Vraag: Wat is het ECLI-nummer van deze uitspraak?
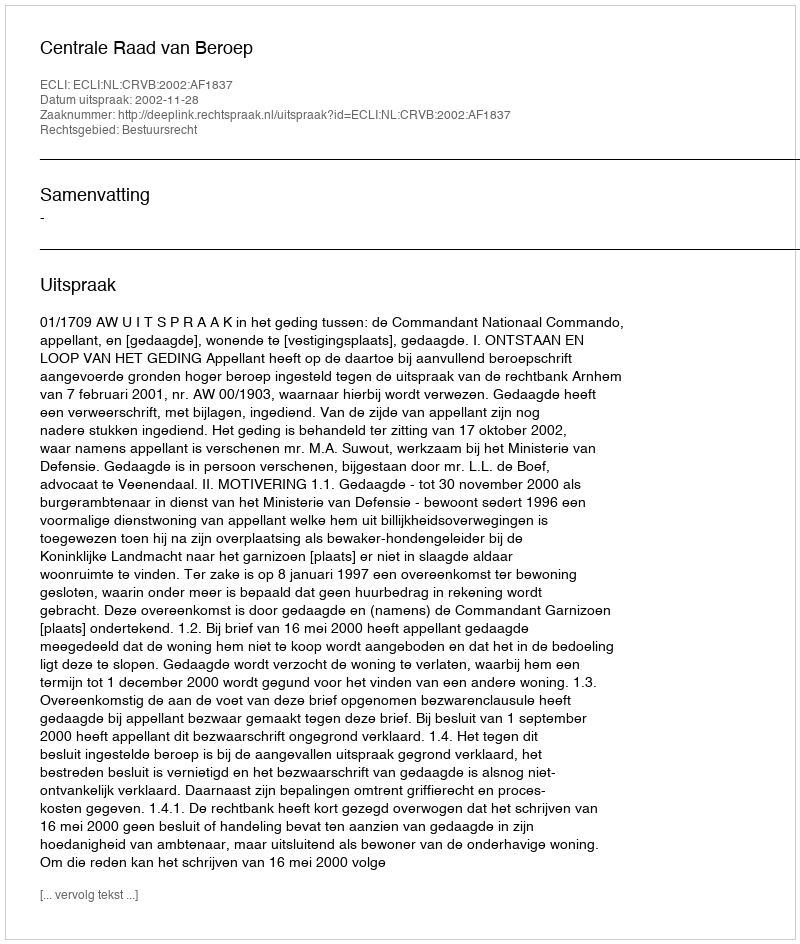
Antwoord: ECLI:NL:CRVB:2002:AF1837